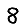
Digit: 8